Language: tamil
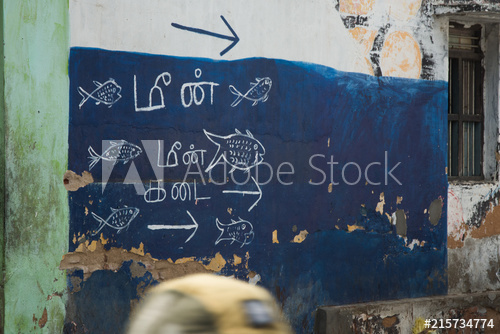
Transcription: மீன் கடை மீன்